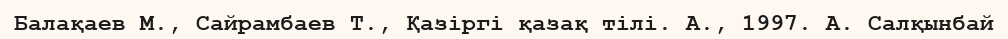
Балақаев М., Сайрамбаев Т., Қазіргі қазақ тілі. А., 1997. А. Салқынбай